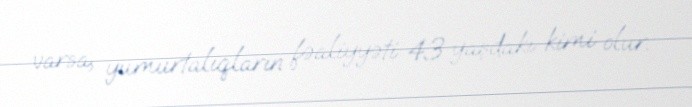
varsa, yumurtalıqların fəaliyyəti 43 yaşdakı kimi olur.